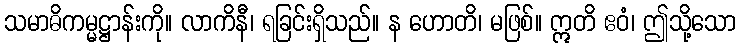
သမာဓိကမ္မဋ္ဌာန်းကို။ လာကိနီ၊ ရခြင်းရှိသည်။ န ဟောတိ၊ မဖြစ်။ ဣတိ ဧဝံ၊ ဤသို့သော